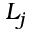
L _ { j }